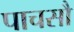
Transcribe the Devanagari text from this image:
पाचसौ